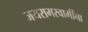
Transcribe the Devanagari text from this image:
जयरामस्वामींना